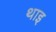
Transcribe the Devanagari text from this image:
थाइ